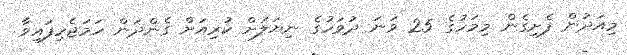
މިއަދުން ފެށިގެން މިމަހުގެ 25 ވަނަ ދުވަހުގެ ނިޔަލަށް ކުރިއަށް ގެންދަން ހަމަޖެހިފައިވާ